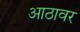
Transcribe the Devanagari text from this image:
आठावर